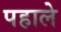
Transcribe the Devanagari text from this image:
पहाले